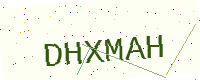
Text: DHXMAH